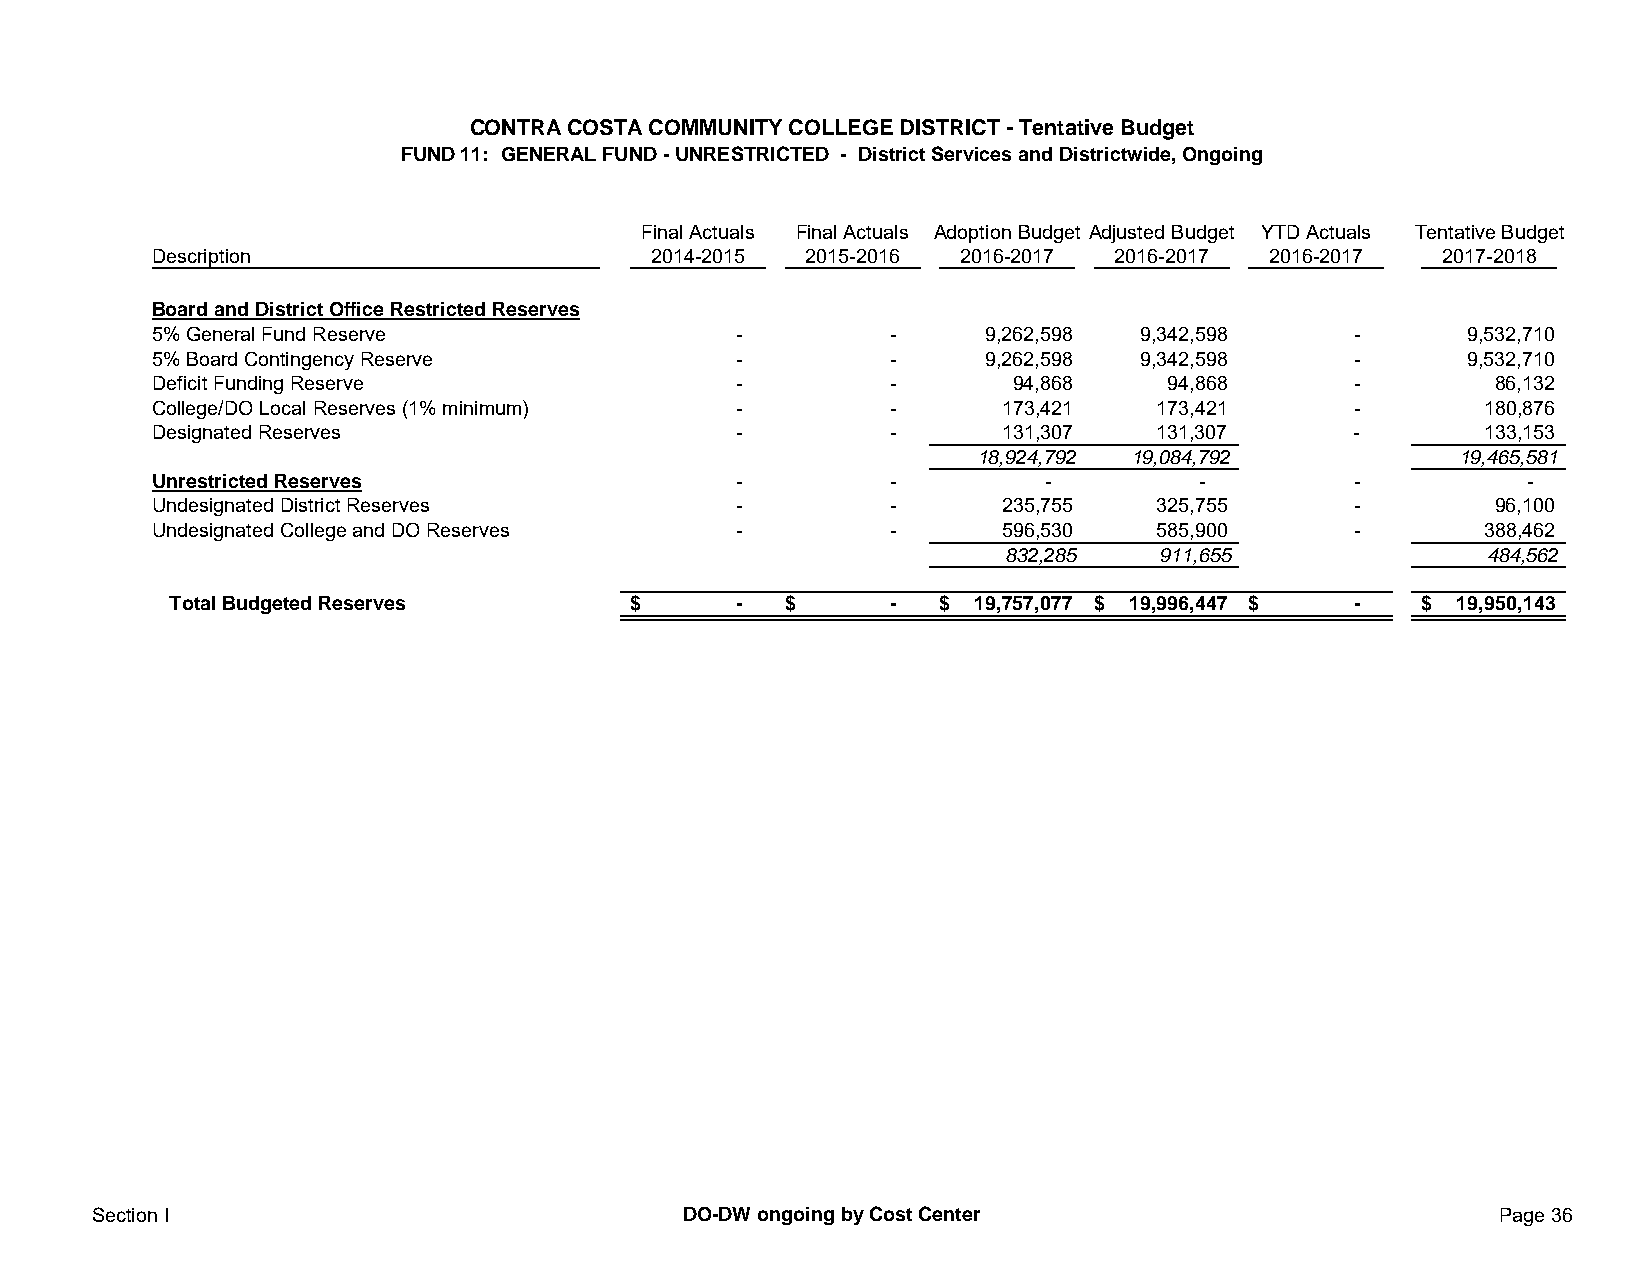
CONTRA COSTA COMMUNITY COLLEGE DISTRICT - Tentative Budget
 FUND 11: GENERAL FUND - UNRESTRICTED - District Services and Districtwide, Ongoing
 Final Actuals Final Actuals Adoption Budget Adjusted Budget YTD Actuals Tentative Budget
 Description                      2014-2015 2015-2016 2016-2017 2016-2017  2016-2017  2017-2018
 Board and District Office Restricted Reserves
 5% General Fund Reserve               -          -     9,262,598 9,342,598     -       9,532,710
 5% Board Contingency Reserve          -          -     9,262,598 9,342,598     -       9,532,710
 Deficit Funding Reserve               -          -       94,868    94,868      -         86,132
 College/DO Local Reserves (1% minimum) -         -      173,421   173,421      -        180,876
 Designated Reserves                   -          -      131,307   131,307      -        133,153
 18,924,792 19,084,792           19,465,581
 Unrestricted Reserves                 -          -         -         -         -           -
 Undesignated District Reserves        -          -      235,755   325,755      -         96,100
 Undesignated College and DO Reserves  -          -      596,530   585,900      -        388,462
 832,285   911,655               484,562
 Total Budgeted Reserves       $      -   $      -  $ 19,757,077 $ 19,996,447 $ -   $ 19,950,143
 Section I                              DO-DW ongoing by Cost Center                          Page 36